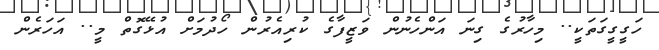
ހަގީގީގަތަކީ.. މިހާރުގެ ގިނަ އަންހެނުން ވަޒީފާގެ ކުރިއެރުން ހޯދުމަށް އުޅޭގޮތް މީ.. އަހަރެން